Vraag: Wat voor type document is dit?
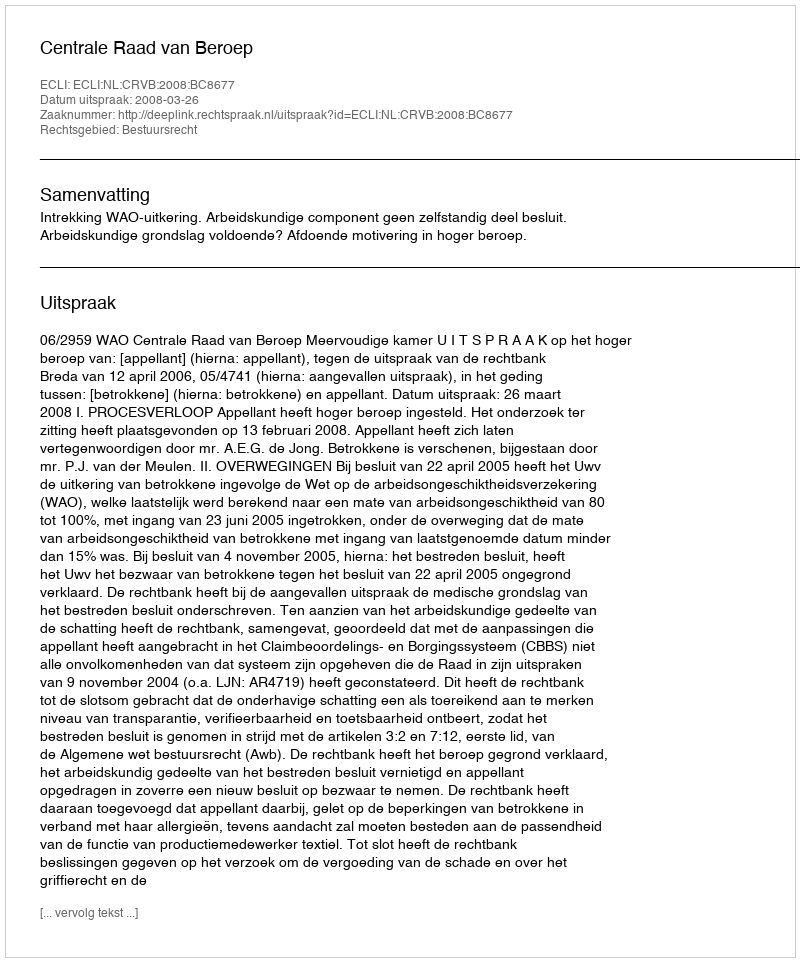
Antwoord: Uitspraak